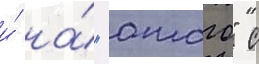
и́ на́ "атаго" с